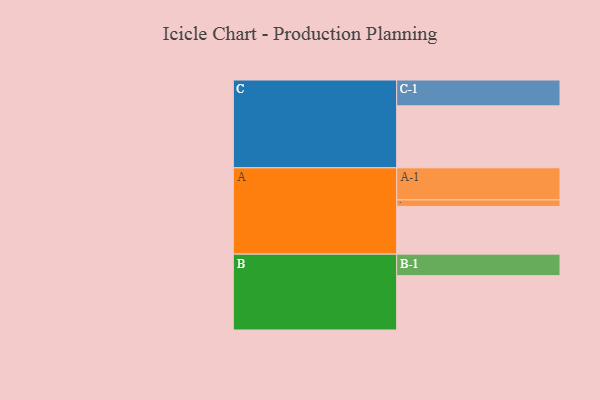
{"axis": {"x": "Segment", "y": "Value"}, "legend": ["", "A", "B", "C"], "data": [{"x": "A", "y": 415, "type": ""}, {"x": "B", "y": 473, "type": ""}, {"x": "C", "y": 539, "type": ""}, {"x": "A-1", "y": 279, "type": "A"}, {"x": "A-2", "y": 57, "type": "A"}, {"x": "B-1", "y": 187, "type": "B"}, {"x": "C-1", "y": 225, "type": "C"}]}